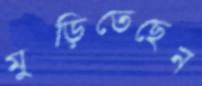
মুড়িতেছেন